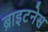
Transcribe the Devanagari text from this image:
ब्राइटनेस